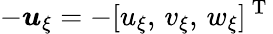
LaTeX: -\boldsymbol{u}_{\xi}=-[u_{\xi},\, v_{\xi},\, w_{\xi}]^{\mathrm{~T~}}